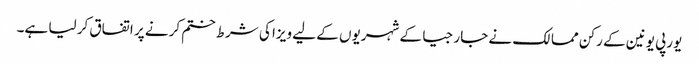
یورپی یونین کے رکن ممالک نے جارجیا کے شہریوں کے لیے ویزا کی شرط ختم کرنے پر اتفاق کر لیا ہے۔